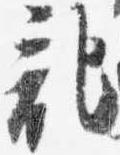
記